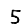
Digit: 5